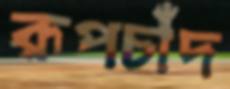
রূপচাঁদ